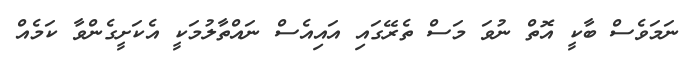
ނަމަވެސް ބާކީ އޮތް ނުވަ މަސް ތެރޭގައި އައިއެސް ނައްތާލުމަކީ އެކަށީގެންވާ ކަމެއް